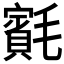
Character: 𣰨